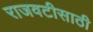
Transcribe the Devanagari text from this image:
राजवटीसाठी